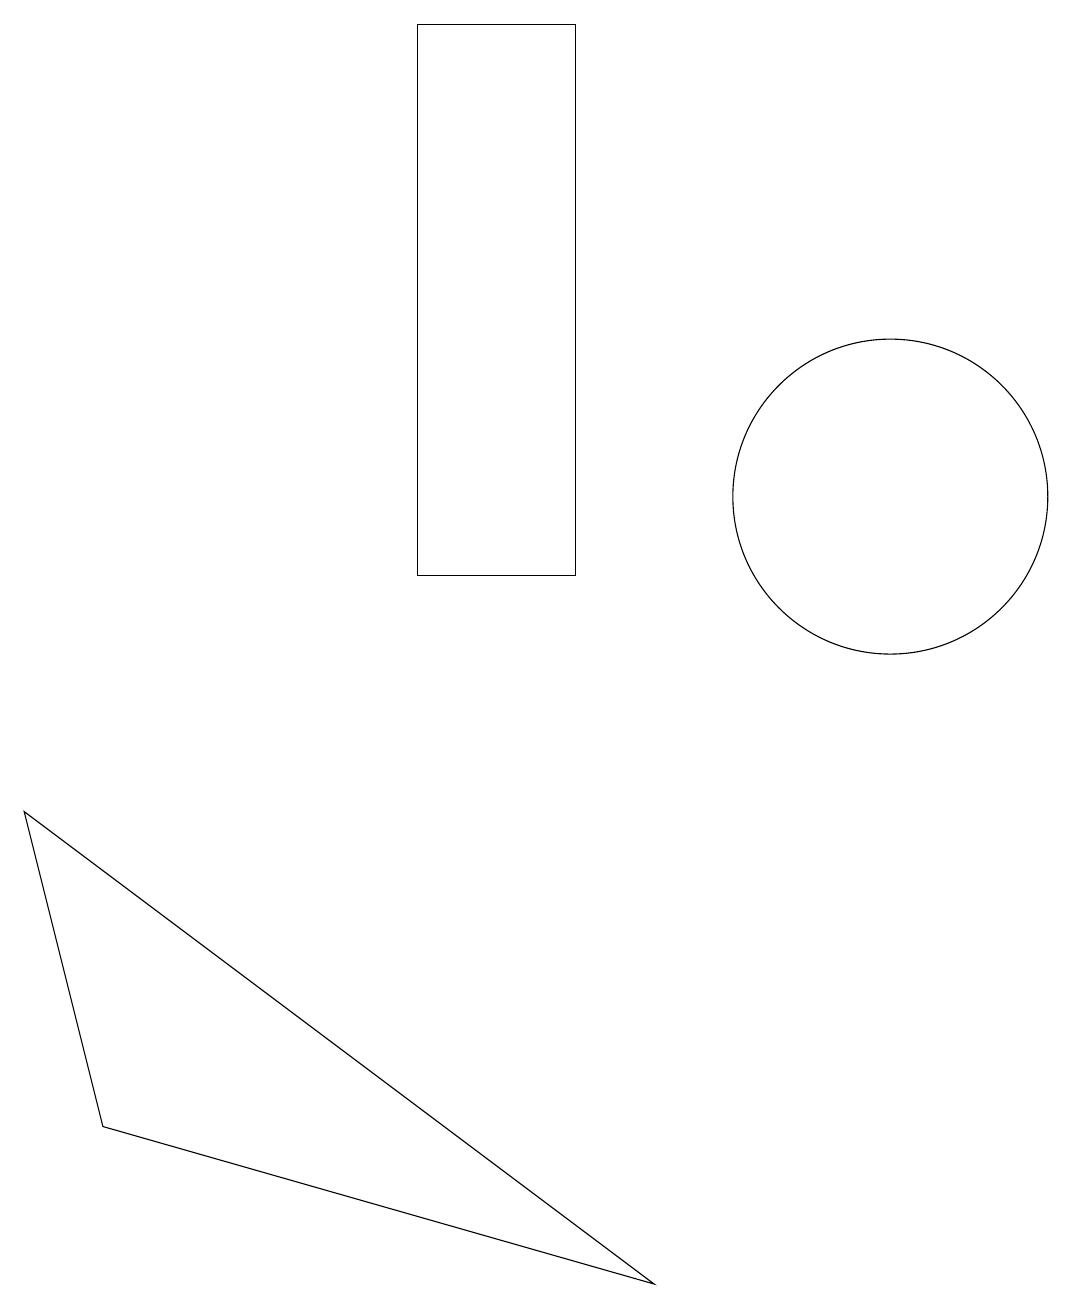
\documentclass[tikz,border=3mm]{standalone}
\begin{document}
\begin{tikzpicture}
\draw (7,17) rectangle (5,10);
\draw (11,11) circle (2);
\draw (0,7) -- (8,1) -- (1,3) -- cycle;
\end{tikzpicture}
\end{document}